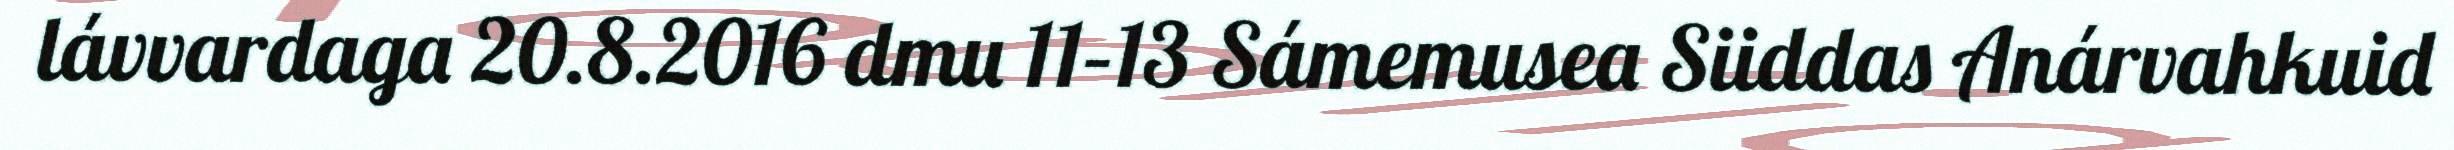
lávvardaga 20.8.2016 dmu 11–13 Sámemusea Siiddas Anárvahkuid